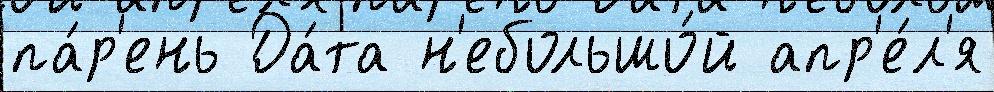
па́р'ень Да́та н'ебольшо́й апр'е́л'я